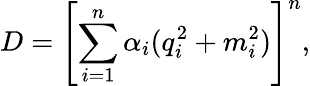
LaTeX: D=\left[\sum_{i=1}^{n}\alpha_{i}(q_{i}^{2}+m_{i}^{2})\right]^{n},